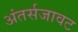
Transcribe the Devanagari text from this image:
अंतर्सजावट